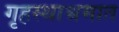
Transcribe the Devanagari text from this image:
गृहस्थाश्रमात